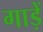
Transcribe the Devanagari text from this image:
गाड़ें